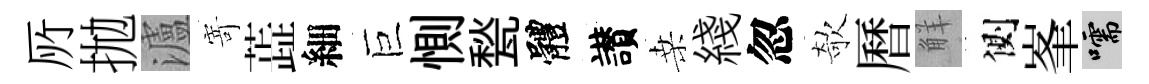
𠩄拋瀘𭔃蕋細巨惻甃體讃桑綫忽欹曆觧側峯嚅